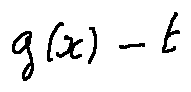
g ( x ) - t